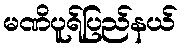
မဏိပူရ်ပြည်နယ်